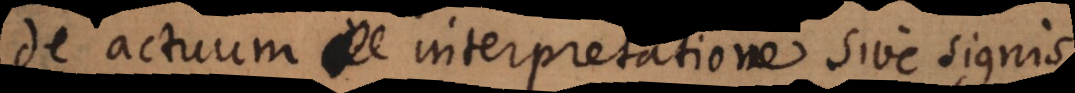
De actuum interpretatione sive signis